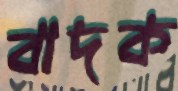
বাদক